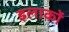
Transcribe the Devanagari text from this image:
इलाकाें